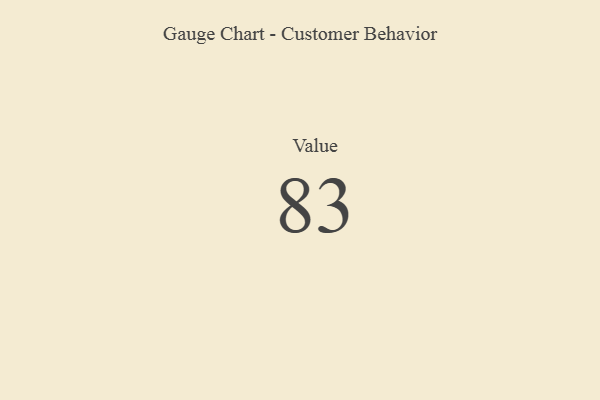
{"axis": {"x": "Metric", "y": "Value"}, "legend": [""], "data": [{"x": "Value", "y": 83, "type": ""}]}